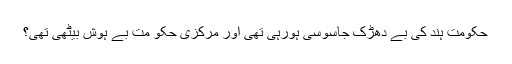
حکومت ہند کی بے دھڑک جاسوسی ہورہی تھی اور مرکزی حکو مت بے ہوش بیٹھی تھی؟